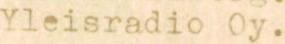
Yleisradio Oy.